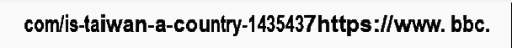
com/is-taiwan-a-country-1435437https://www. bbc.